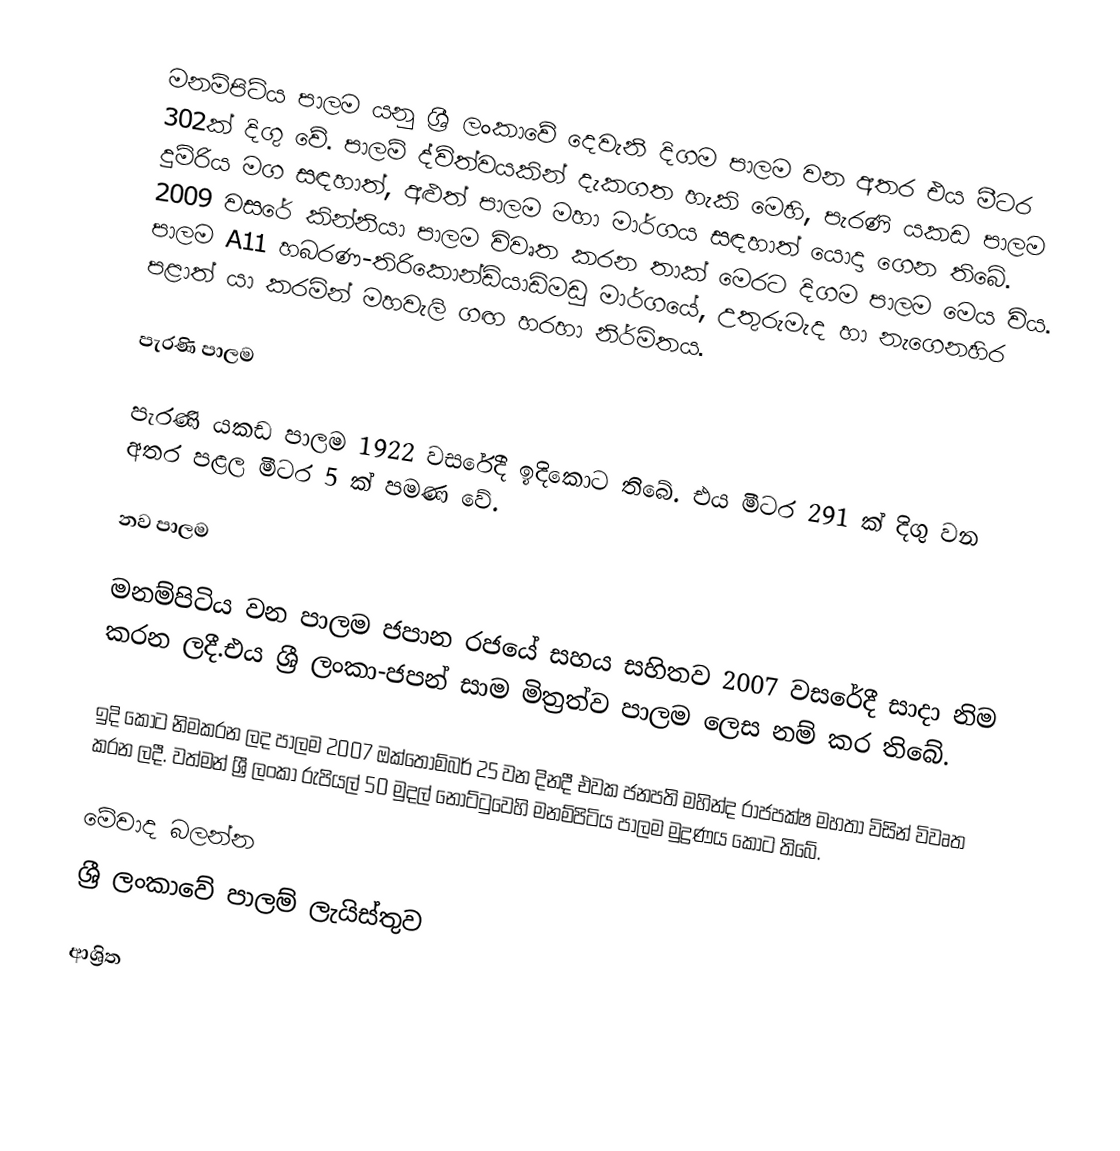
මනම්පිටිය පාලම යනු ශ්‍රී ලංකාවේ දෙවැනි දිගම පාලම වන අතර එය මීටර 302ක් දිගු වේ. පාලම් ද්විත්වයකින් දැකගත හැකි මෙහි, පැරණි යකඩ පාලම දුම්රිය මග සඳහාත්, අළුත් පාලම මහා මාර්ගය සඳහාත් යොදා ගෙන තිබේ. 2009 වසරේ කින්නියා පාලම විවෘත කරන තාක් මෙරට දිගම පාලම මෙය විය. පාලම A11 හබරණ-තිරිකොන්ඩියාඩිමඩු මාර්ගයේ, උතුරුමැද හා නැගෙනහිර පළාත් යා කරමින් මහවැලි ගඟ හරහා නිර්මිතය.

පැරණි පාලම

පැරණි යකඩ පාලම 1922 වසරේදී ඉදිකොට තිබේ. එය මීටර 291 ක් දිගු වන අතර පළල මීටර 5 ක් පමණ වේ.

නව පාලම

මනම්පිටිය වන පාලම ජපාන රජයේ සහය සහිතව 2007 වසරේදී සාදා නිම කරන ලදී.එය ශ්‍රී ලංකා-ජපන් සාම මිත්‍රත්ව පාලම ලෙස නම් කර තිබේ.

ඉදි කොට නිමකරන ලද පාලම 2007 ඔක්තෝම්බර් 25 වන දිනදී එවක ජනපති මහින්ද රාජපක්ෂ මහතා විසින් විවෘත කරන ලදී. වත්මන් ශ්‍රී ලංකා රුපියල් 50 මුදල් නෝට්ටුවෙහි මනම්පිටිය පාලම මුද්‍රණය කොට තිබේ.

මේවාද බලන්න
ශ්‍රී ලංකාවේ පාලම් ලැයිස්තුව

ආශ්‍රිත